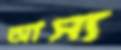
আস্য